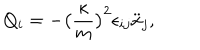
Q _ { i } = - \big ( \frac { \kappa } { m } \big ) ^ { 2 } \epsilon _ { i j } \ddot { x } _ { j } ,